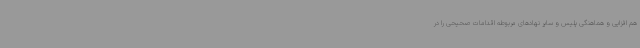
هم افزایی و هماهنگی پلیس و سایر نهادهای مربوطه اقدامات صحیحی را در